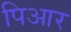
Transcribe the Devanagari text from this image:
पिआर